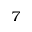
^ 7